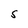
Character: S